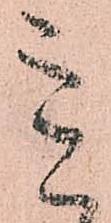
意